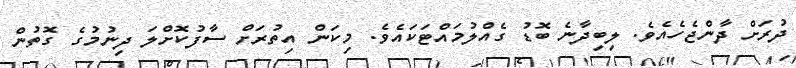
ދުރަށް ދާންޖެހެއެވެ. ލިބިދާނެ ބޮޑު ގެއްލުމައްޓަކައެވެ. މިކަން އިތުރަށް ސާފުކޮށްލަ ދިނުމުގެ ގޮތުން